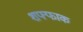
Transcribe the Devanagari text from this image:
शफ्फाक